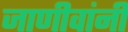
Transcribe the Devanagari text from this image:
जाणीवांनी